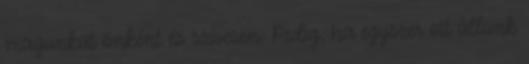
magunkat önként és szívesen. Pedig, ha egyszer ott állunk